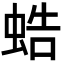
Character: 𧋓